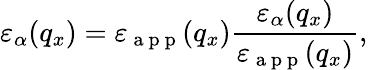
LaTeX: {{\varepsilon}_{\alpha}}({{q}_{x}})={{\varepsilon}_{\mathrm{~a~p~p~}}}({{q}_{x}})\frac{{{\varepsilon}_{\alpha}}({{q}_{x}})}{{{\varepsilon}_{\mathrm{~a~p~p~}}}({{q}_{x}})},